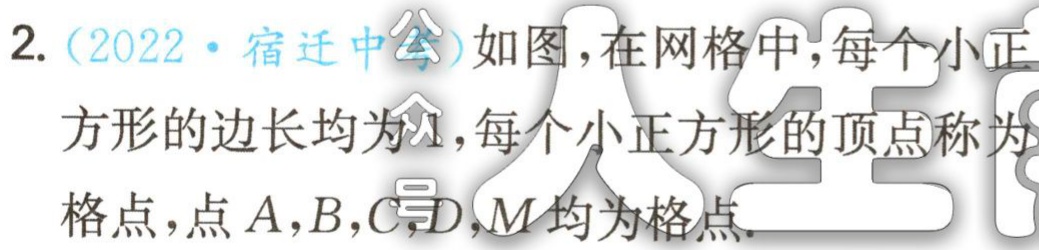
2.（2022·宿迁中考）如图，在网格中，每个小正
方形的边长均为1，每个小正方形的顶点称为
格点，点\(A,B,C,D,M\)均为格点.